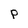
Character: p